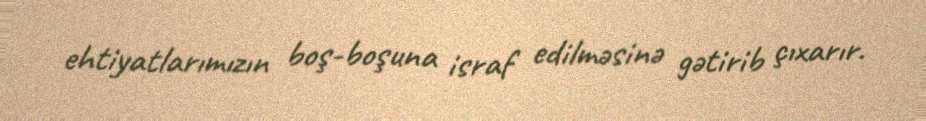
ehtiyatlarımızın boş-boşuna israf edilməsinə gətirib çıxarır.